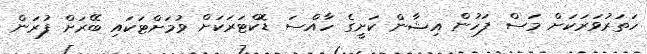
ހަތަރުވަރަކަށް މަސް ފަހުން އިޝާން ކަށީގެ ހާއްސަ ޑޮކްޓަރަކަށް ވުމަށްޓަކައި ބޭރަށް ފުރަން